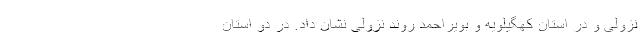
نزولی و در استان کهگیلویه و بویراحمد روند نزولی نشان داد. در دو استان